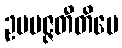
ဥပပဇ္ဇတီတိပေ